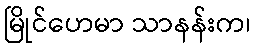
မြိုင်ဟေမာ သာနန်းက၊